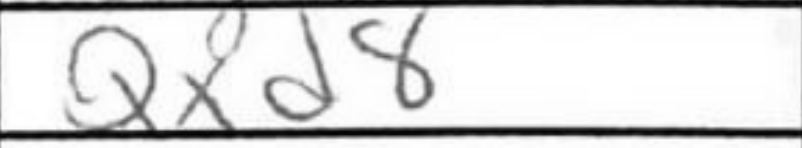
Transcription: Qxd8